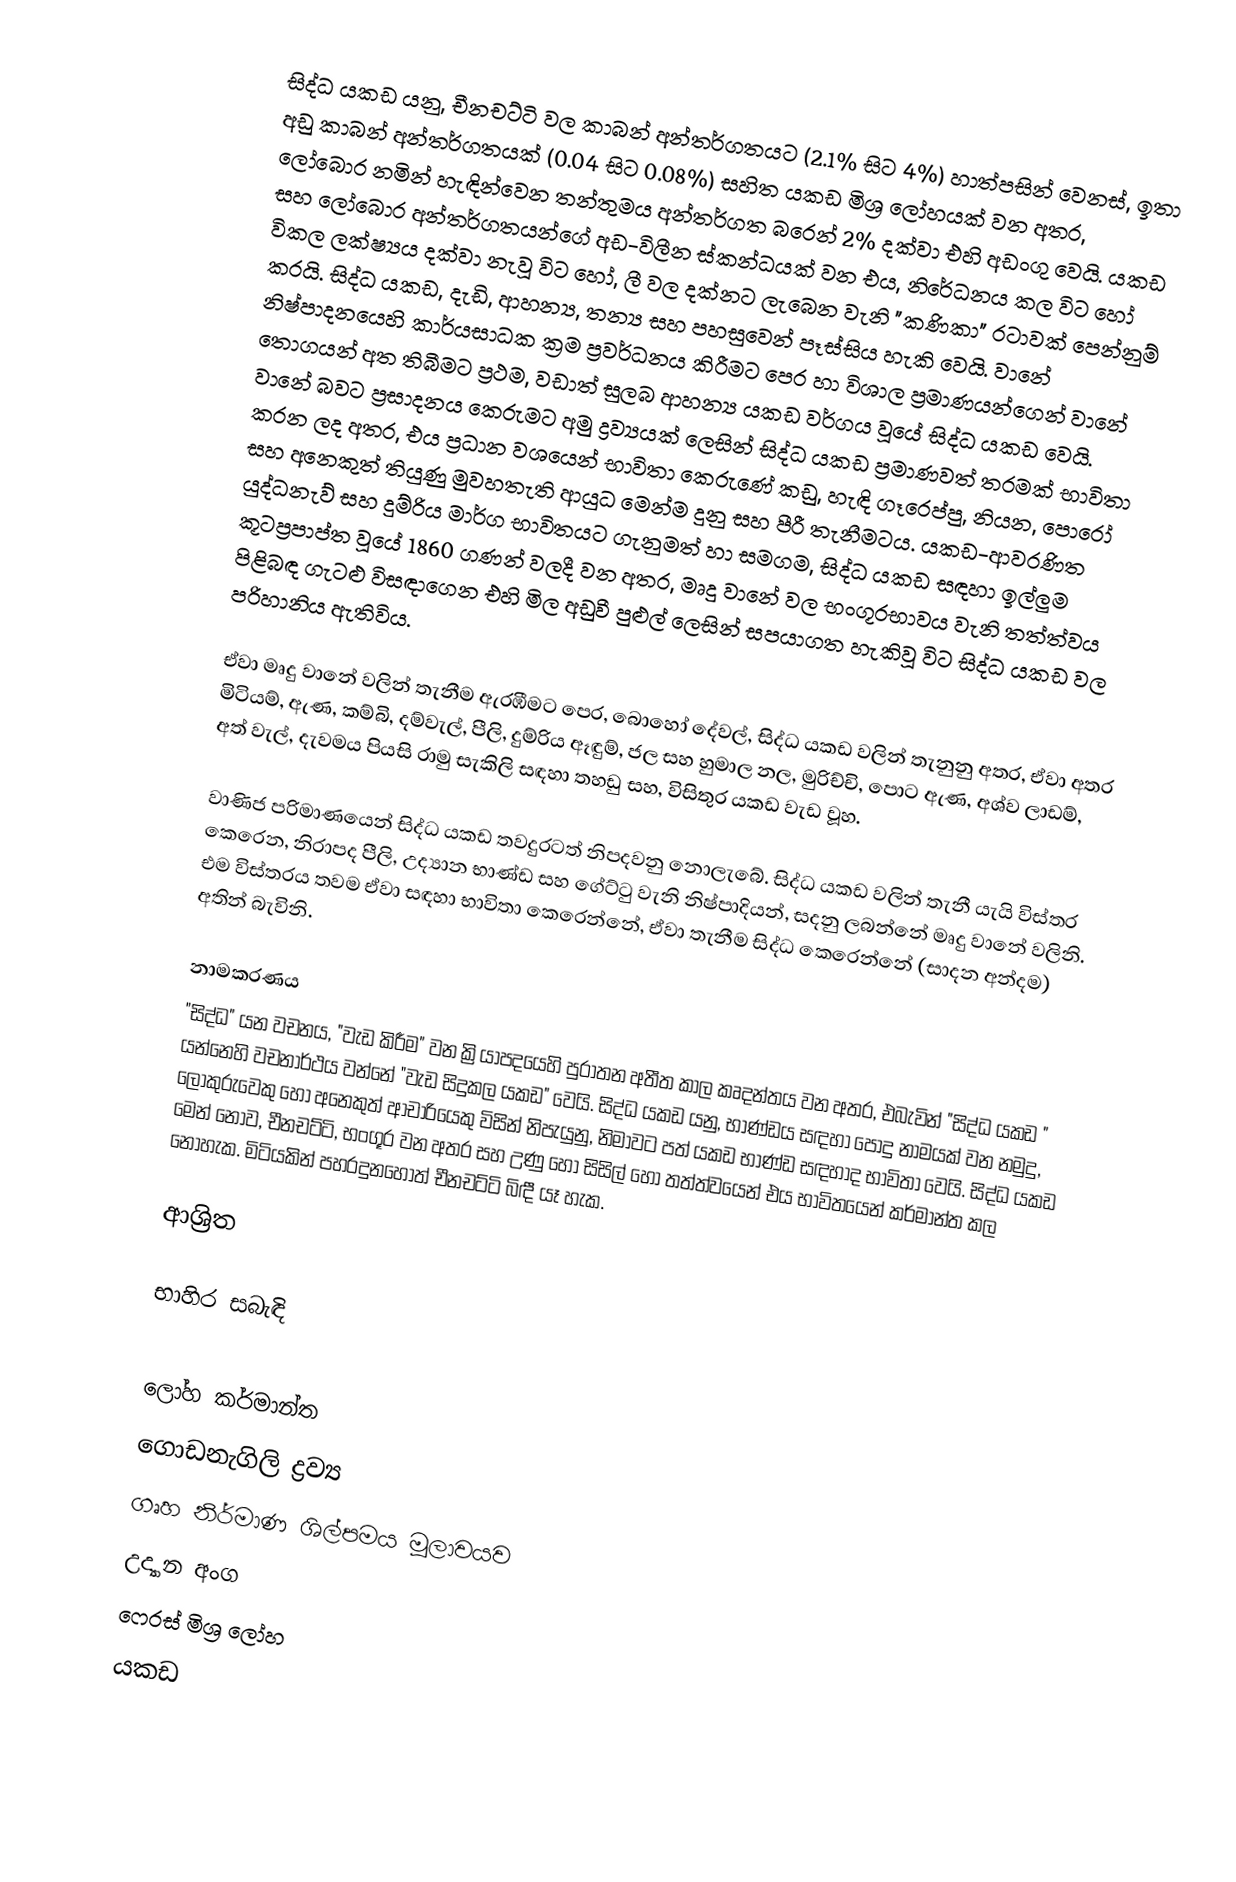
සිද්ධ යකඩ යනු,   චීනචට්ටි  වල  කාබන් අන්තර්ගතයට (2.1% සිට 4%) හාත්පසින් වෙනස්, ඉතා අඩු කාබන් අන්තර්ගතයක් (0.04 සිට 0.08%)  සහිත යකඩ මිශ්‍ර ලෝහයක් වන අතර, ලෝබොර නමින් හැඳින්වෙන තන්තුමය අන්තර්ගත බරෙන් 2% දක්වා එහි අඩංගු වෙයි. යකඩ සහ ලෝබොර අන්තර්ගතයන්ගේ අඩ-විලීන ස්කන්ධයක් වන එය, නිරේධනය කල විට හෝ විකල ලක්ෂ්‍යය දක්වා නැවූ විට හෝ, ලී වල දක්නට ලැබෙන වැනි  "කණිකා" රටාවක් පෙන්නුම් කරයි. සිද්ධ යකඩ, දැඩි, ආහන්‍ය, තන්‍ය සහ පහසුවෙන් පෑස්සිය හැකි වෙයි. වානේ නිෂ්පාදනයෙහි කාර්යසාධක ක්‍රම ප්‍රවර්ධනය කිරීමට පෙර හා විශාල ප්‍රමාණයන්ගෙන් වානේ තොගයන් අත තිබීමට ප්‍රථම, වඩාත් සුලබ ආහන්‍ය යකඩ වර්ගය වූයේ සිද්ධ යකඩ වෙයි. වානේ බවට ප්‍රසාදනය කෙරුමට අමු ද්‍රව්‍යයක් ලෙසින් සිද්ධ යකඩ ප්‍රමාණවත් තරමක් භාවිතා කරන ලද අතර, එය ප්‍රධාන වශයෙන් භාවිතා කෙරුණේ  කඩු, හැඳි ගෑරෙප්පු, නියන, පොරෝ සහ අනෙකුත් තියුණු මුවහතැති ආයුධ මෙන්ම දුනු සහ පීරී තැනීමටය. යකඩ-ආවරණිත යුද්ධනැව් සහ දුම්රිය මාර්ග භාවිතයට ගැනුමත් හා සමගම, සිද්ධ යකඩ සඳහා ඉල්ලුම කූටප්‍රපාප්ත වූයේ 1860 ගණන් වලදී වන අතර,  මෘදු වානේ වල භංගූරභාවය වැනි  තත්ත්වය පිළිබඳ ගැටළු විසඳාගෙන එහි මිල අඩුවී පුළුල් ලෙසින් සපයාගත හැකිවූ විට සිද්ධ යකඩ වල පරිහානිය ඇතිවිය.

ඒවා මෘදු වානේ වලින් තැනීම ඇරඹීමට පෙර, බොහෝ දේවල්, සිද්ධ යකඩ වලින් තැනුනු අතර, ඒවා අතර මිටියම්, ඇණ, කම්බි, දම්වැල්, පීලි,  දුම්රිය ඈඳුම්, ජල සහ හුමාල නල, මුරිච්චි, පොට ඇණ, අශ්ව ලාඩම්, අත් වැල්, දැවමය පියසි රාමු සැකිලි සඳහා තහඩු සහ, විසිතුර  යකඩ වැඩ වූහ.

වාණිජ පරිමාණයෙන් සිද්ධ යකඩ තවදුරටත් නිපදවනු නොලැබේ. සිද්ධ යකඩ වලින් තැනී යැයි විස්තර කෙරෙන, නිරාපද පීලි, උද්‍යාන භාණ්ඩ සහ ගේට්ටු වැනි නිෂ්පාදියන්, සදනු ලබන්නේ මෘදු වානේ වලිනි. එම විස්තරය තවම ඒවා සඳහා භාවිතා කෙරෙන්නේ, ඒවා තැනීම සිද්ධ කෙරෙන්නේ (සාදන අන්දම) අතින් බැවිනි.

නාමකරණය
"සිද්ධ" යන වචනය, "වැඩ කිරීම" වන ක්‍රියාපදයෙහි  පුරාතන අතීත කාල කෘදන්තය වන අතර, එබැවින් "සිද්ධ යකඩ " යන්නෙහි වචනාර්ථය වන්නේ  "වැඩ සිදුකල යකඩ" වෙයි. සිද්ධ යකඩ යනු, භාණ්ඩය සඳහා පොදු නාමයක් වන නමුදු,  ලෝකුරුවෙකු හෝ අනෙකුත් ආචාරියෙකු විසින් නිපැයුනු,  නිමාවට පත් යකඩ භාණ්ඩ සඳහාද භාවිතා වෙයි. සිද්ධ යකඩ මෙන් නොව, චීනචට්ටි, භංගූර වන අතර සහ උණු හෝ සිසිල් හෝ තත්ත්වයෙන් එය භාවිතයෙන් කර්මාන්ත කල නොහැක. මිටියකින් පහරදුනහොත් චීනචට්ටි බිඳී යෑ හැක.

ආශ්‍රිත

භාහිර සබැඳි

ලෝහ කර්මාන්ත
ගොඩනැගිලි ද්‍රව්‍ය
ගෘහ නිර්මාණ ශිල්පමය  මූලාවයව
උද්‍යාන අංග
ෆෙරස් මිශ්‍ර ලෝහ
යකඩ